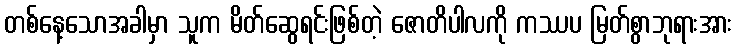
တစ်နေ့သောအခါမှာ သူက မိတ်ဆွေရင်းဖြစ်တဲ့ ဇောတိပါလကို ကဿပ မြတ်စွာဘုရားအား